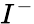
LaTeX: I^{-}